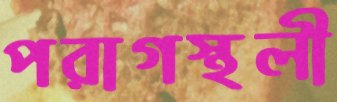
পরাগস্থলী